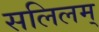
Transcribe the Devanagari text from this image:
सलिलम्